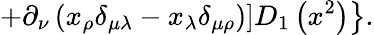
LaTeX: \left.\left.+\partial_{\nu}\left(x_{\rho}\delta_{\mu\lambda}-x_{\lambda}\delta_{\mu\rho}\right)\right]D_{1}\left(x^{2}\right)\right\} .